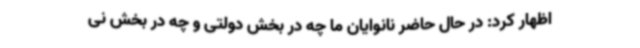
اظهار کرد: در حال حاضر نانوایان ما چه در بخش دولتی و چه در بخش نی